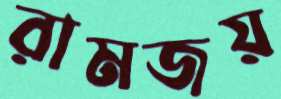
রামজয়